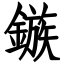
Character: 鏃